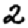
Digit: 2